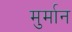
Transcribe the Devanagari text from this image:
मुर्मान